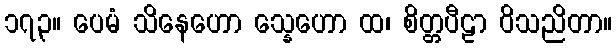
၁၇၃။ ပေမံ သိနေဟော သ္နေဟော ထ၊ စိတ္တပီဠာ ဝိသညိတာ။